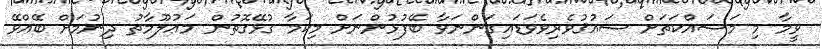
ވީމާ މި މަސައްކަތަށް ޝައުޤުވެރިވެވަޑައިގަންނަވާ ބޭފުޅުންނަށް މިކަމާ ގުޅޭގޮތުން މަޢުލޫމާތު ދިނުމަށް ބޭއްވޭ